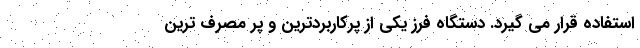
استفاده قرار می گیرد. دستگاه فرز یکی از پرکاربردترین و پر مصرف ترین